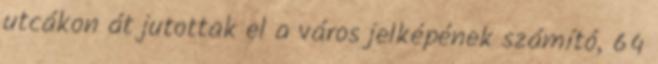
utcákon át jutottak el a város jelképének számító, 64